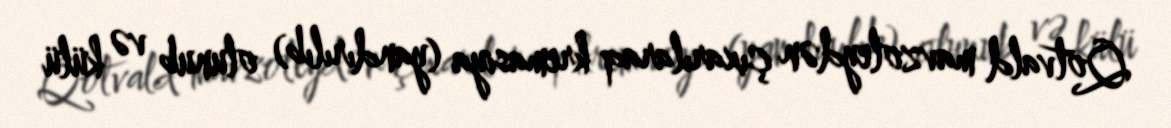
Qotvald mavzoleydən çıxarılaraq kremasiya (yandırılıb) olunub və külü